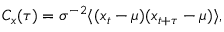
C _ { x } ( \tau ) = \sigma ^ { - 2 } \langle ( x _ { t } - \mu ) ( x _ { t + \tau } - \mu ) \rangle ,